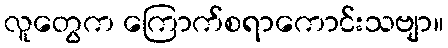
လူတွေက ကြောက်စရာကောင်းသဗျာ။